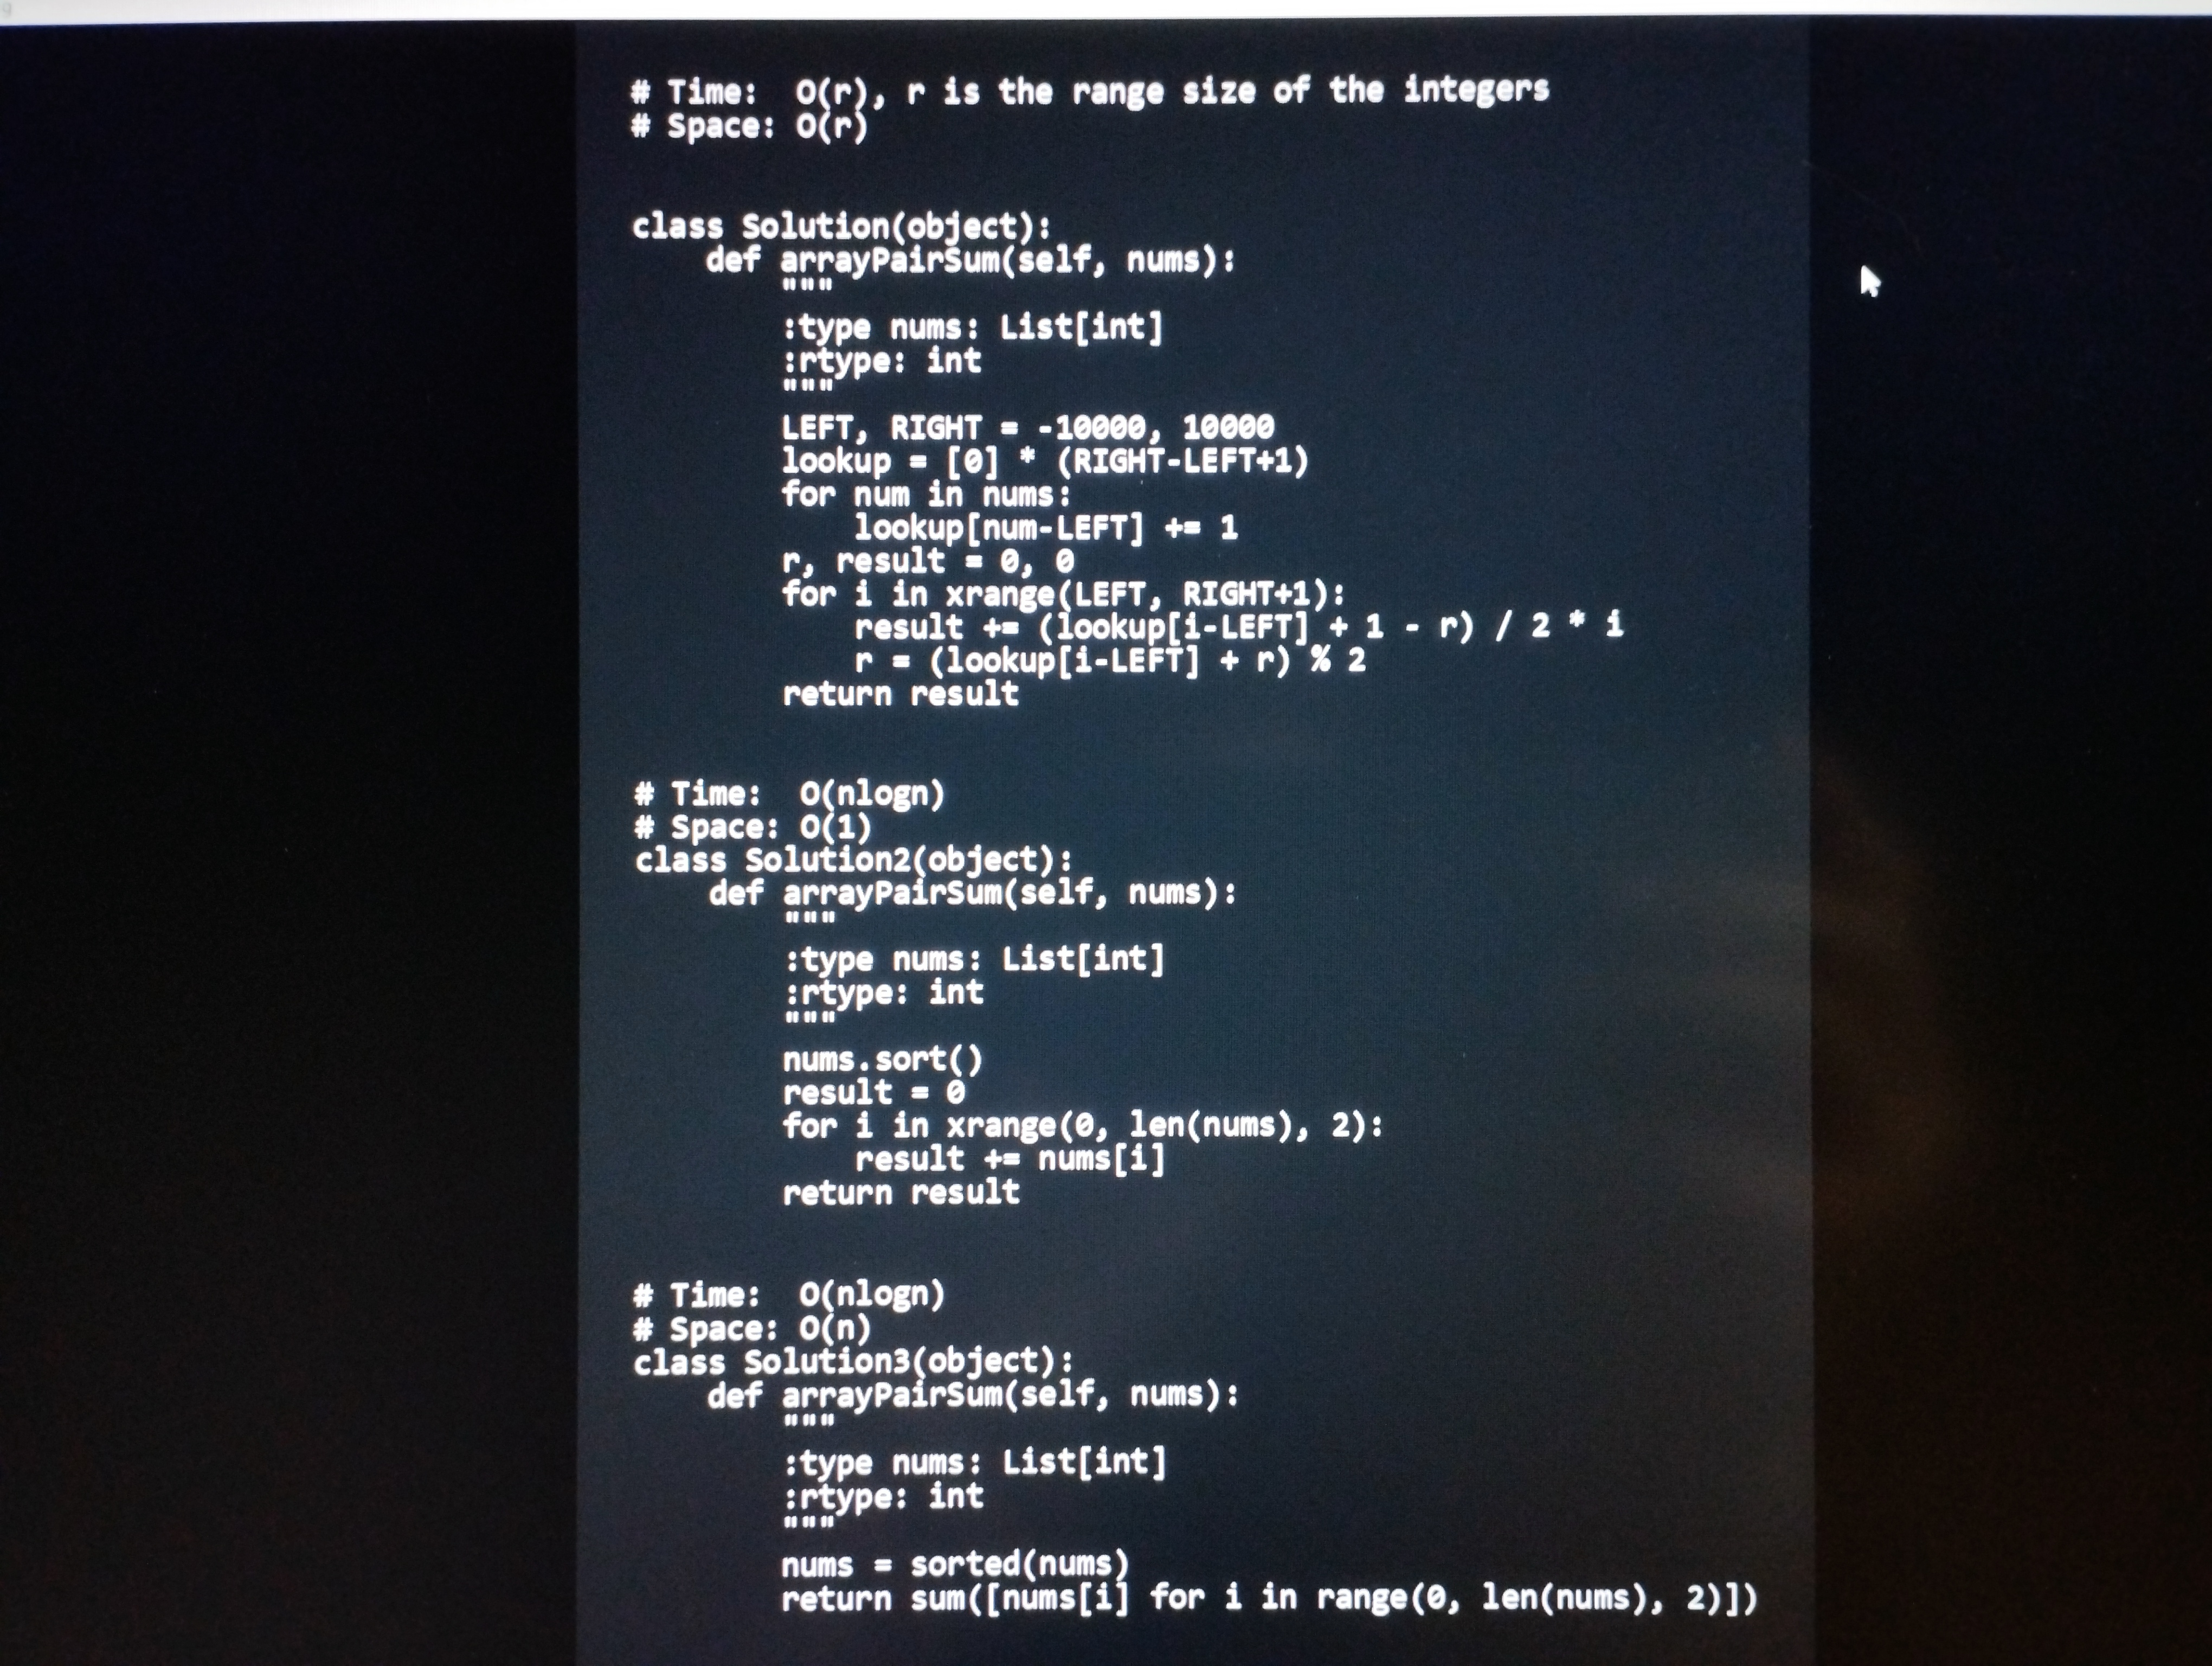
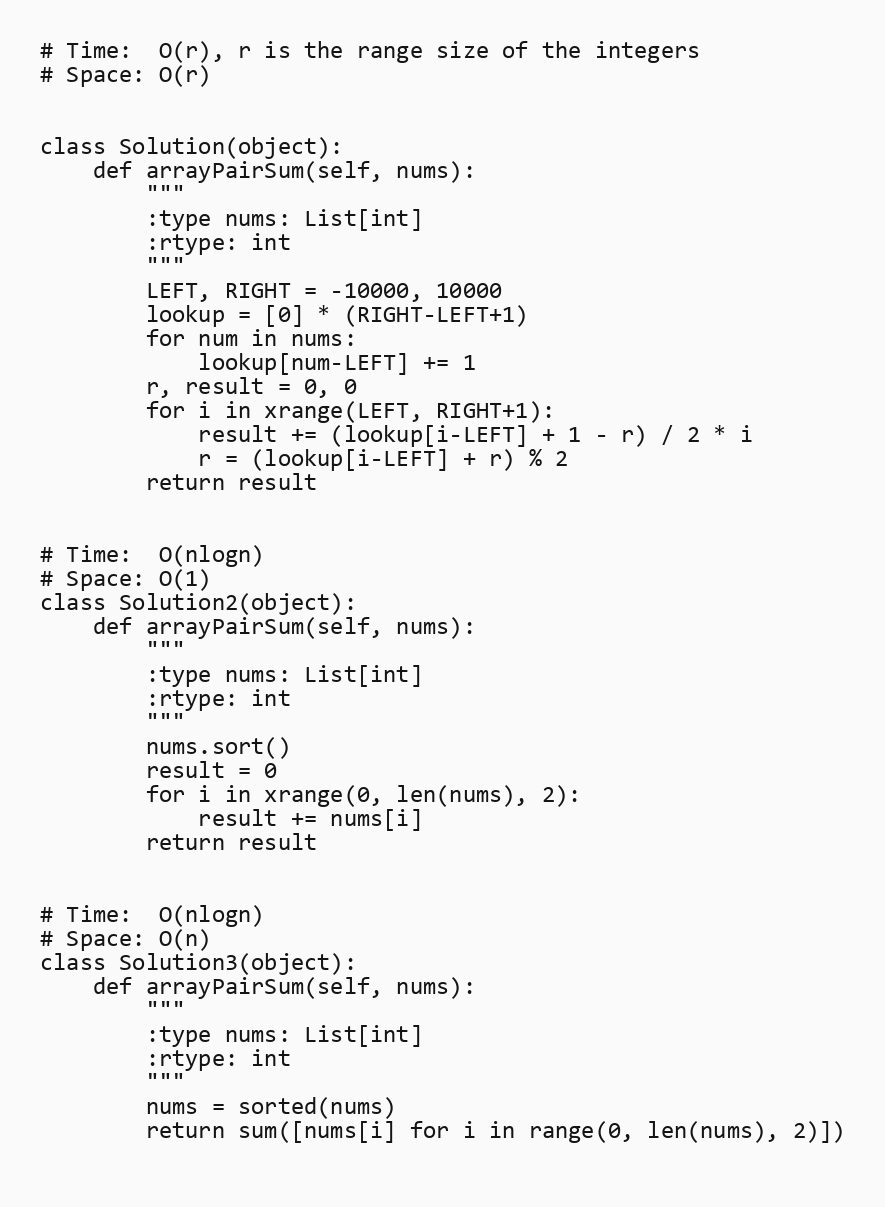
# Time:  O(r), r is the range size of the integers
# Space: O(r)

class Solution(object):
    def arrayPairSum(self, nums):
        """
        :type nums: List[int]
        :rtype: int
        """
        LEFT, RIGHT = -10000, 10000
        lookup = [0] * (RIGHT-LEFT+1)
        for num in nums:
            lookup[num-LEFT] += 1
        r, result = 0, 0
        for i in xrange(LEFT, RIGHT+1):
            result += (lookup[i-LEFT] + 1 - r) / 2 * i
            r = (lookup[i-LEFT] + r) % 2
        return result

# Time:  O(nlogn)
# Space: O(1)
class Solution2(object):
    def arrayPairSum(self, nums):
        """
        :type nums: List[int]
        :rtype: int
        """
        nums.sort()
        result = 0
        for i in xrange(0, len(nums), 2):
            result += nums[i]
        return result

# Time:  O(nlogn)
# Space: O(n)
class Solution3(object):
    def arrayPairSum(self, nums):
        """
        :type nums: List[int]
        :rtype: int
        """
        nums = sorted(nums)
        return sum([nums[i] for i in range(0, len(nums), 2)])